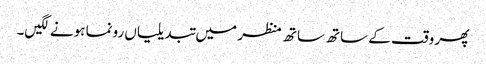
پھر وقت کے ساتھ ساتھ منظر میں تبدیلیاں رونما ہونے لگیں۔